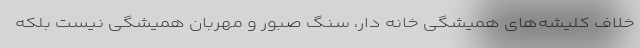
خلاف کلیشه‌های همیشگی خانه دار، سنگ صبور و مهربان همیشگی نیست بلکه